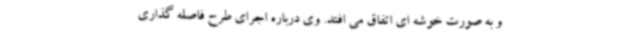
و به صورت خوشه ای اتفاق می افتد. وی درباره اجرای طرح فاصله گذاری